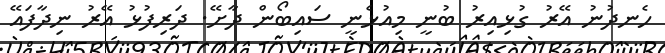
ހެނދުނު އޭރު ގުޅިއިރު ބުނީ މިއުޅެނީ ސައިބޯން ދާށޭ. ދަރިފުޅު އޭރު ނިދާފައޭ